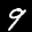
Label: 9